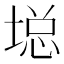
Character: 𱗖